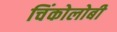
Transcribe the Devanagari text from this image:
चिंकोलोबी